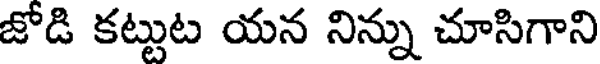
జోడి కట్టుట యన నిన్ను చూసిగాని